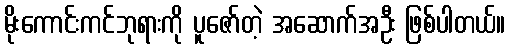
မိုးကောင်းကင်ဘုရားကို ပူဇော်တဲ့ အဆောက်အဦး ဖြစ်ပါတယ်။